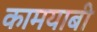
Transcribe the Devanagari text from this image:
कामयाबी